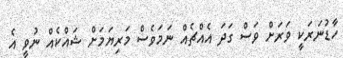
ހާޑުނަރަކީ ވަރަށް ވަސް ގަދަ އެއްޗެއް ނަމަވެސް މަރިޔަމަށް ޝައްކެއް ނުވީ އެ